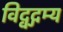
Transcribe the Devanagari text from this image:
विद्वद्गम्य